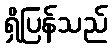
ရှိပြန်သည်